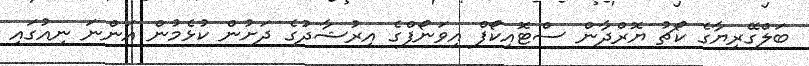
ބަލްގޭރިޔާގެ ކޯޗު ޔޮރްދާން ސްޓޮއިކޯފް އިވަނޯފްގެ އިރުޝާދުގެ ދަށުން ކުޅެމުން އަންނަ ނިއުގައި